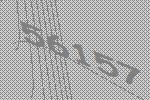
56157